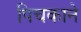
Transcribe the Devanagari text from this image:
पिचकाने